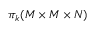
\pi _ { k } ( M \times M \times N )